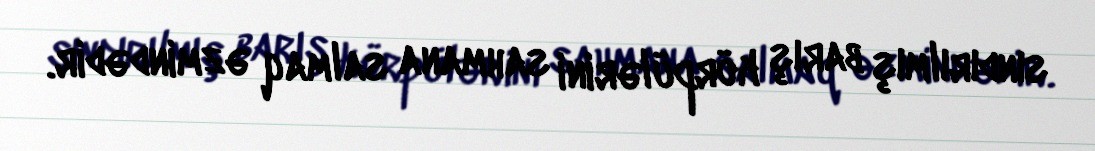
sındırılmış barış körpülərini sahmana salmaq əzmindədir.